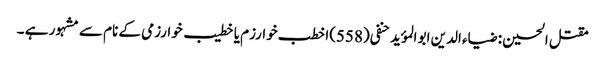
مقتل الحسین : ضیاء الدین ابو المؤید حنفی(558)اخطب خوارزم یا خطیب خوارزمی کے نام سے مشہور ہے ۔